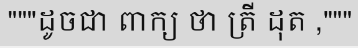
"""ដូចជា ពាក្យ ថា ត្រី ដុត ,"""